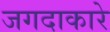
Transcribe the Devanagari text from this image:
जगदाकारे